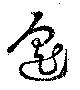
遙